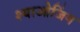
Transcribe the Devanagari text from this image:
श्याओजिंग